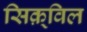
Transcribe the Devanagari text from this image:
सिक़्विल